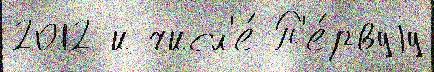
2012 и числ'е́ П'е́рвуjу